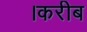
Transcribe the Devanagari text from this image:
।करीब